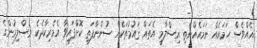
އެއްވެސް ހަމައެއް ނަމައެއްނެތި އިސްލާމީ އެތައް ޤައުމުތަކެއް ސުންނާފަތި ކޮށްފައިވާ އެމެރިކާދެކެ މުސްލިމުންގެ